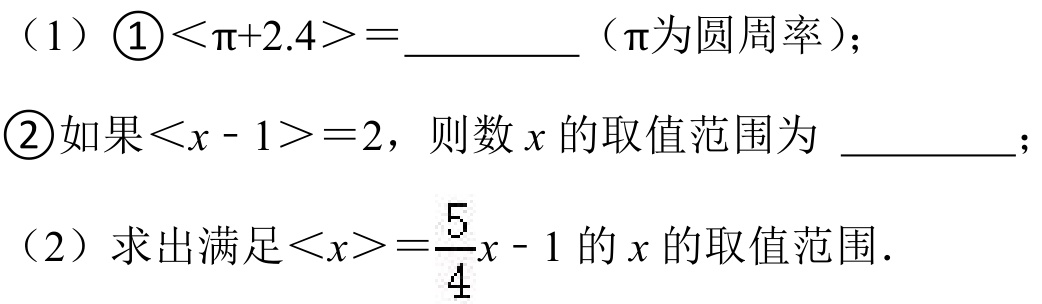
（1）\textcircled{1}\(<\pi + 2.4>=\)  （\(\pi\)为圆周率）；
\textcircled{2}如果\(<x - 1>=2\)，则数\(x\)的取值范围为  ；
（2）求出满足\(<x>=\frac{5}{4}x - 1\)的\(x\)的取值范围．